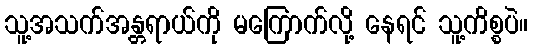
သူ့အသက်အန္တရာယ်ကို မကြောက်လို့ နေရင် သူ့ကိစ္စပဲ။